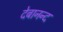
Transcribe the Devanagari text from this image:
देबानन्द